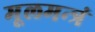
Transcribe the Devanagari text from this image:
मूलमन्त्रं